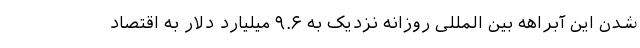
شدن این آبراهه بین المللی روزانه نزدیک به ۹.۶ میلیارد دلار به اقتصاد